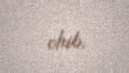
olub.